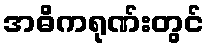
အဓိကရုဏ်းတွင်